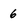
Character: 6